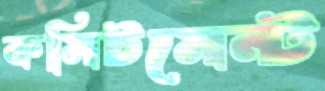
কমিটমেন্ট